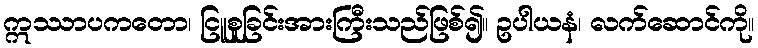
ဣဿာပကတော၊ ငြူစူခြင်းအားကြီးသည်ဖြစ်၍။ ဥပါယနံ၊ လက်ဆောင်ကို။